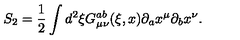
S _ { 2 } = \frac { 1 } { 2 } \int d ^ { 2 } \xi G _ { \mu \nu } ^ { a b } ( \xi , x ) \partial _ { a } x ^ { \mu } \partial _ { b } x ^ { \nu } .